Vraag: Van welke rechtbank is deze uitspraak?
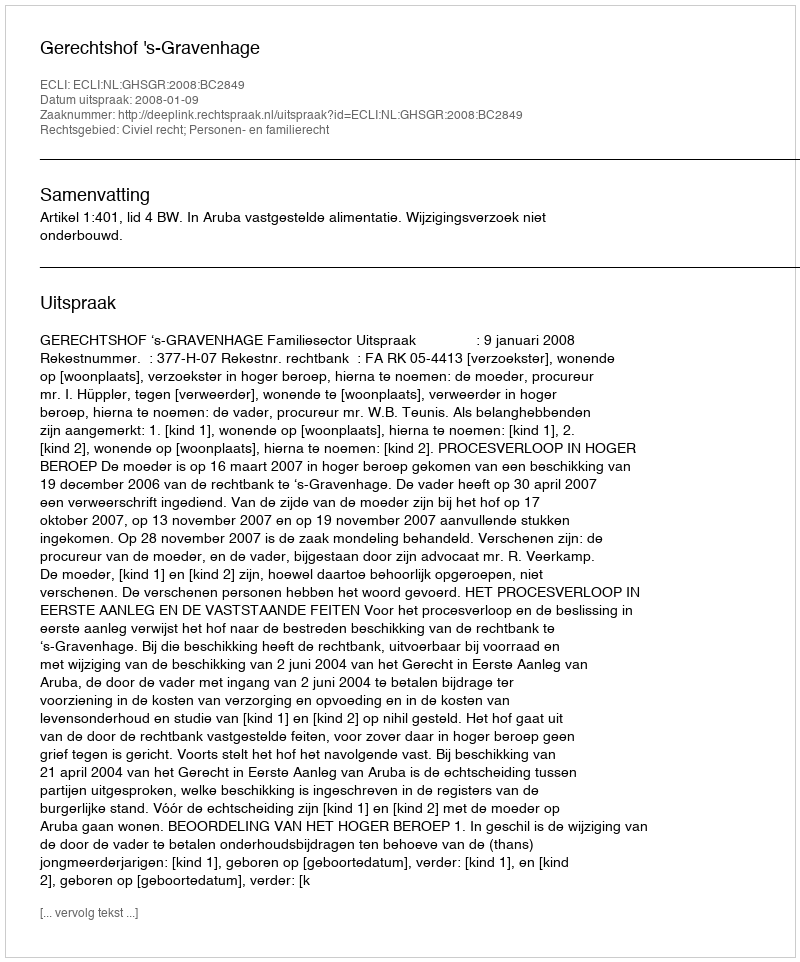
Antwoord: Gerechtshof 's-Gravenhage